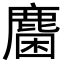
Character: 𪊽